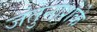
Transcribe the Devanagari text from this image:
जंतुनाशके